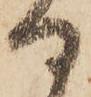
日